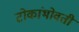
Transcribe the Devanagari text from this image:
टोकांभोवती